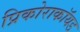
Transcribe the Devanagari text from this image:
प्रिकोराकॉयड